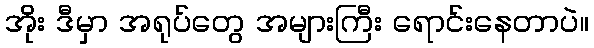
အိုး ဒီမှာ အရုပ်တွေ အများကြီး ရောင်းနေတာပဲ။